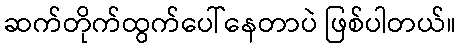
ဆက်တိုက်ထွက်ပေါ်နေတာပဲ ဖြစ်ပါတယ်။